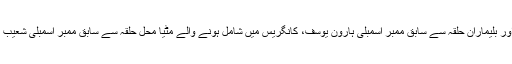
راجیہ سبھا میں کانگریس قانون ساز پارٹی کے قائد غلام نبی آزاد، دہلی کے سابق وزیر اور بلیماران حلقہ سے سابق ممبر اسمبلی ہارون یوسف، کانگریس میں شامل ہونے والے مٹیا محل حلقہ سے سابق ممبر اسمبلی شعیب اقبال اور کئی اہم لیڈروں نے بلیماران میں کانگریس کی زبردست انتخابی مہم چلائی تھی۔